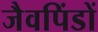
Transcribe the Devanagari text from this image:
जैवपिंडों